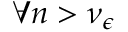
\forall n > \nu _ { \epsilon }